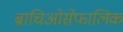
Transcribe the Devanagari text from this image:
ब्राचिओसेफालिक